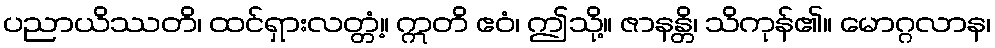
ပညာယိဿတိ၊ ထင်ရှားလတ္တံ့။ ဣတိ ဧဝံ၊ ဤသို့။ ဇာနန္တိ၊ သိကုန်၏။ မောဂ္ဂလာန၊